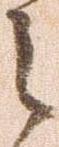
之